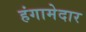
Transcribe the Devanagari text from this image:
हंगामेदार